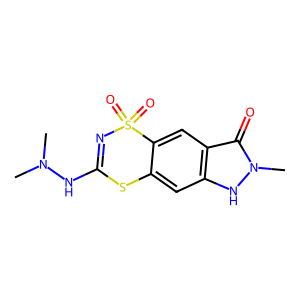
SMILES: CN(C)NC1=NS(=O)(=O)c2cc3c(=O)n(C)[nH]c3cc2S1
Inhibits HIV replication: No